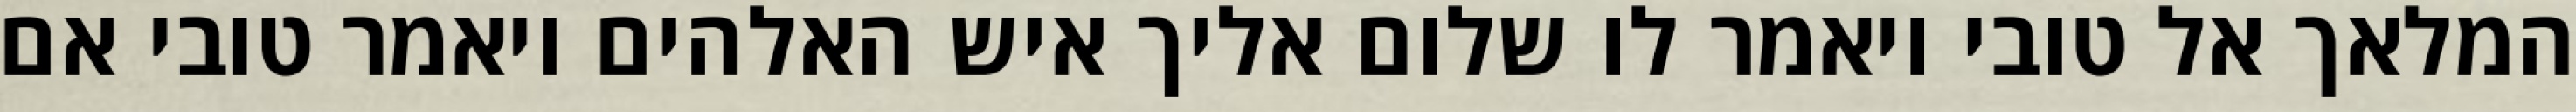
המלאך אל טובי ויאמר לו שלום אליך איש האלהים ויאמר טובי אם